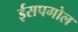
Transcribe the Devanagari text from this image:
ईसपगोल